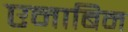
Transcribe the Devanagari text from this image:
एनाबिन